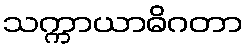
သက္ကာယာဓိဂတာ